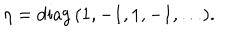
\eta = \mathrm { d i a g } \, ( 1 , - 1 , 1 , - 1 , \ldots ) .